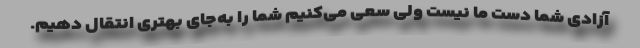
آزادی شما دست ما نیست ولی سعی می‌كنیم شما را به‌جای بهتری انتقال دهیم.